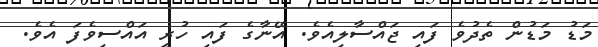
މަޑު މަޑުން ތެދުވެ ފައި ޖައްސާލިއެވެ. އޭނާގެ ފައި ހުރީ އައްސިވެފަ އެވެ.